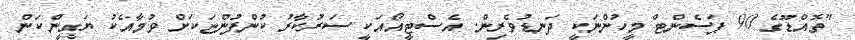
"ތޮއްޑޫގެ 90 ޕަސެންޓް މީހުންނަކީ ދަނޑުވެރިން. އެސްޓީއޯއަކީ ސަރުކާރު ކުންފުންޏަކަށް ވުމާއެކު ޔަގީންކަން